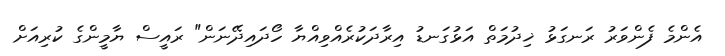
އެންމެ ފެންވަރު ރަނގަޅު ޚިދުމަތް އަޅުގަނޑު އިރާދަކުރެއްވިއްޔާ ހޯދައިދޭނަން" ރައީސް ޔާމީންގެ ކުރިއަށް